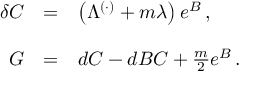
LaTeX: \begin{array} { r c l } { { \delta C } } & { { = } } & { { \left( \Lambda ^ { ( \cdot ) } + m \lambda \right) e ^ { B } \, , } } \\ { { } } & { { } } & { { } } \\ { { G } } & { { = } } & { { d C - d B C + \frac { m } { 2 } e ^ { B } \, . } } \\ { { } } & { { } } & { { } } \end{array}